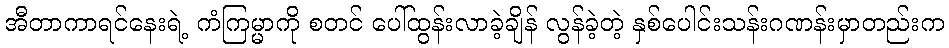
အီတာကာရင်နေးရဲ့ ကံကြမ္မာကို စတင် ပေါ်ထွန်းလာခဲ့ချိန် လွန်ခဲ့တဲ့ နှစ်ပေါင်းသန်းဂဏန်းမှာတည်းက